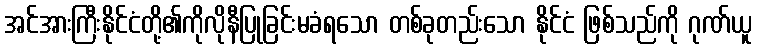
အင်အားကြီးနိုင်ငံတို့၏ကိုလိုနီပြုခြင်းမခံရသော တစ်ခုတည်းသော နိုင်ငံ ဖြစ်သည်ကို ဂုဏ်ယူ